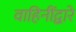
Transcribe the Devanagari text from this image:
वाहिनींद्वारे